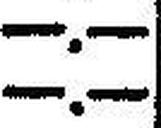
—.—